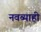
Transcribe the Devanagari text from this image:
नवब्याही